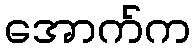
အောက်က